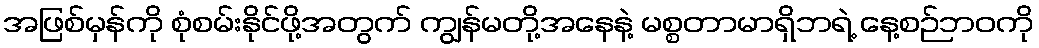
အဖြစ်မှန်ကို စုံစမ်းနိုင်ဖို့အတွက် ကျွန်မတို့အနေနဲ့ မစ္စတာမာရှိဘရဲ့ နေ့စဉ်ဘဝကို